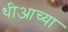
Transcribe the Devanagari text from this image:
थीआच्या